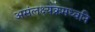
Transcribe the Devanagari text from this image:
असंलक्ष्यक्रमध्वनि